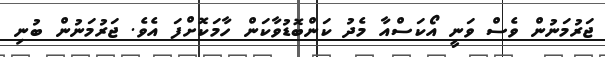
ޖަރުމަނުން ވެސް ވަނީ އޯކަސްއާ މެދު ކަންބޮޑުވާކަން ހާމަކޮށްފަ އެވެ. ޖަރުމަނުން ބުނި